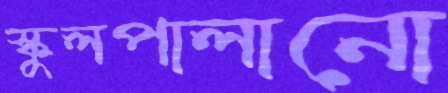
স্কুলপালানো